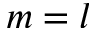
m = l